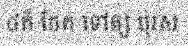
៤ក៏ ចែក ទៅឲ្យ បុរស